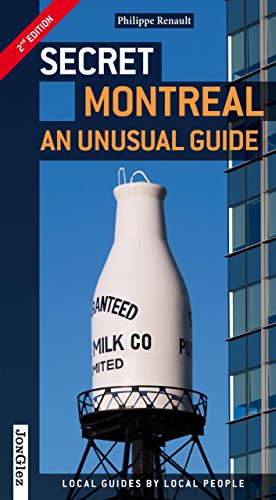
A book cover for Secret Montreal: An Unusual Guide; Philippe Renault; Travel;